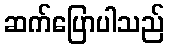
ဆက်ပြောပါသည်